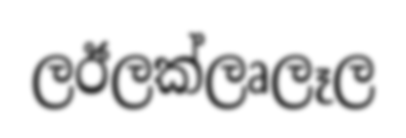
ලඊලක්ලෘලෑල